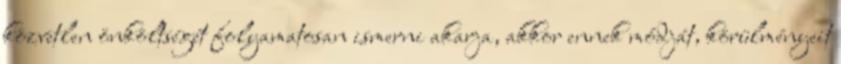
közvetlen önköltségét folyamatosan ismerni akarja, akkor ennek módját, körülményeit